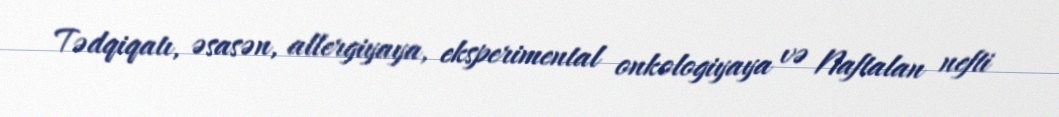
Tədqiqatı, əsasən, allergiyaya, eksperimental onkologiyaya və Naftalan nefti